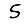
Digit: 5